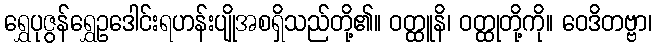
ရွှေပုဇွန်ရွှေဥဒေါင်းရဟန်းပျိုအစရှိသည်တို့၏။ ဝတ္ထူနိ၊ ဝတ္ထုတို့ကို။ ဝေဒိတဗ္ဗာ၊